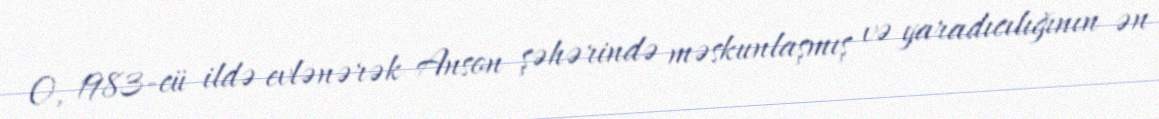
O, 1983-cü ildə evlənərək Anson şəhərində məskunlaşmış və yaradıcılığının ən